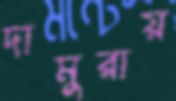
দামুরায়